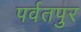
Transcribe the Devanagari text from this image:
पर्वतपुर